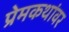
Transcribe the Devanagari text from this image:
प्रेमकथांवर